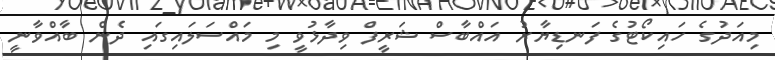
މިއަދުގެ ހައިކޯޓުގެ ފަނޑިޔާރު އައްބާސް ޝަރީފް ވިދާޅުވީ މި މައްސަލައިގައި ދެން ބާއްވާނީ